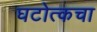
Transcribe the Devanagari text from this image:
घटोत्कचा